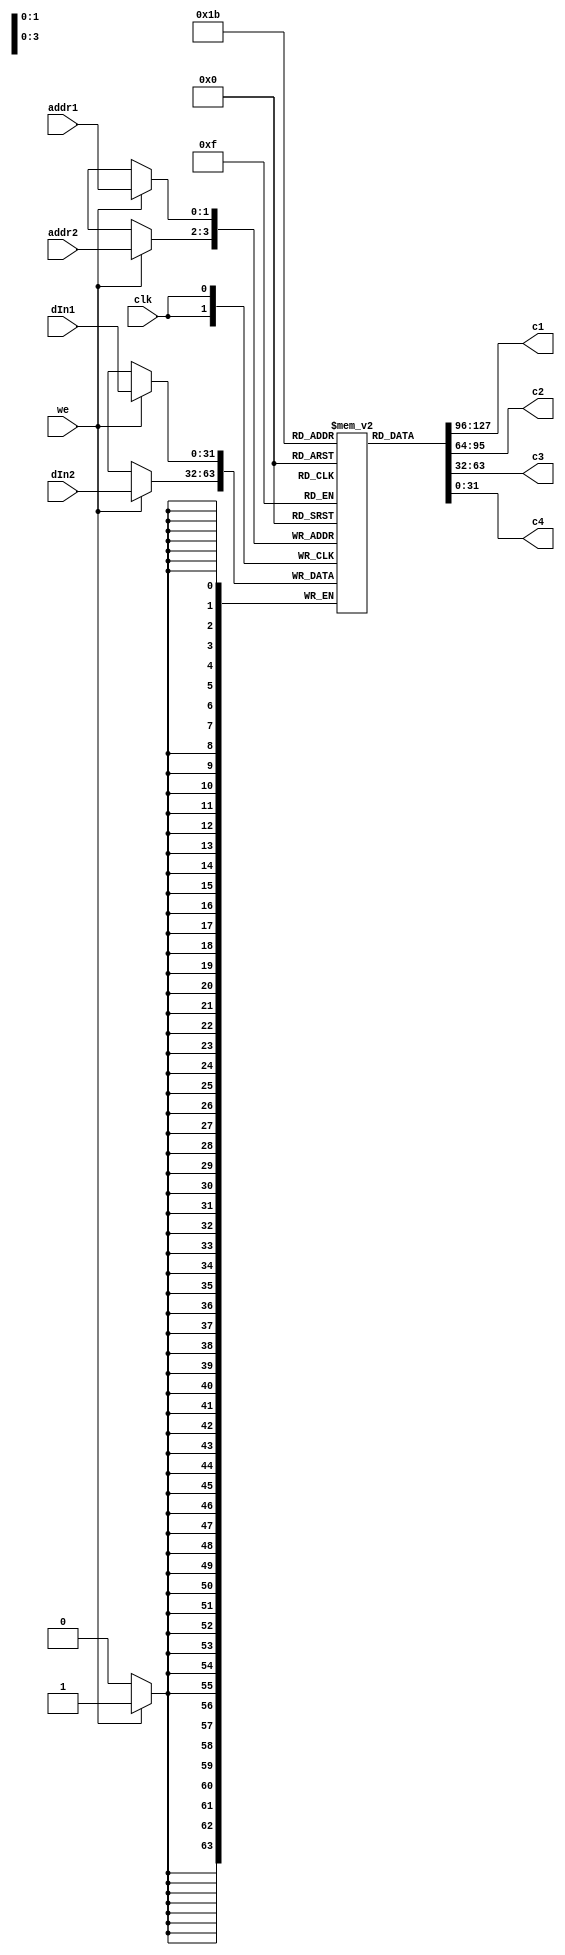
/*
 Module c_storage
 
 Inputs: clk, addr1, addr2, we, dIn1, dIn2
 Outputs: c1, c2, c3, c4
 Function:
 c1 = mem[0]
 c2 = mem[1]
 c3 = mem[2]
 c4 = mem[3]
 if we:
   mem[addr1] = dIn1
   mem[addr2] = dIn2
 */

module c_storage
  #(
    parameter width = 32
    )
   (
    input              clk,
    input [1:0]        addr1,
    input [1:0]        addr2,
    input              we,
    input [width-1:0]  dIn1,
    input [width-1:0]  dIn2,
    output [width-1:0] c1,
    output [width-1:0] c2,
    output [width-1:0] c3,
    output [width-1:0] c4
    );

   reg [width-1:0]     mem [3:0];

   always @(posedge clk) begin
      if (we)
        begin
           mem[addr1] <= dIn1;
           mem[addr2] <= dIn2;
        end
      // {c1, c2, c3, c4} <= mem;
   end
   assign c1 = mem[0],
     c2 = mem[1],
     c3 = mem[2],
     c4 = mem[3];
endmodule